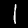
Digit: 1